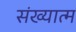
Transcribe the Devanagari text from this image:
संख्यात्म